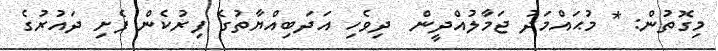
މިގޮތުން: * މުޙައްމަދު ޖަމާލުއްދީން  ދިވެހި އަދަބިއްޔާތުގެ ފިރުކެން ފެށި ދައުރުގެ